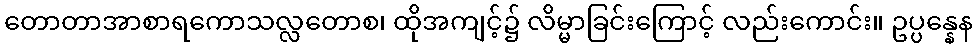
တောတာအာစာရကောသလ္လတောစ၊ ထိုအကျင့်၌ လိမ္မာခြင်းကြောင့် လည်းကောင်း။ ဥပ္ပန္နေန